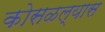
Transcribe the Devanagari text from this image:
कोसळल्यास